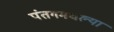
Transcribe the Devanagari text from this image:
पंतगमधल्या